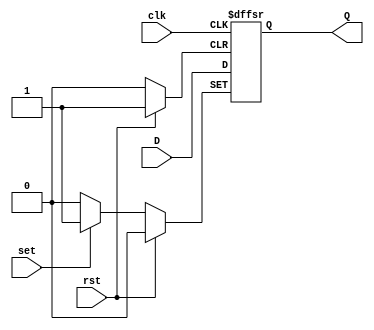
module d_flip_flop (
    input wire D,
    input wire clk,
    input wire rst,
    input wire set,
    output reg Q
);

always @(posedge clk or posedge rst or posedge set) begin
    if (rst) begin
        Q <= 1'b0;
    end else if (set) begin
        Q <= 1'b1;
    end else begin
        Q <= D;
    end
end

endmodule